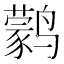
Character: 鹲